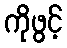
ကိုဖွင့်